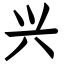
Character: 兴